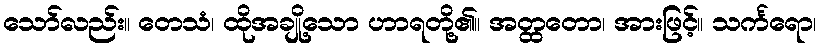
သော်လည်း။ တေသံ၊ ထိုအချို့သော ဟာရတို့၏။ အတ္ထတော၊ အားဖြင့်။ သင်္ကရော၊